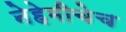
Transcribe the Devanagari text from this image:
नेहेमीचेच